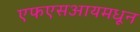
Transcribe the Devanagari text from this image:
एफएसआयमधून